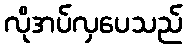
လိုအပ်လှပေသည်